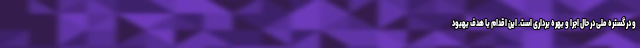
و در گستره ملی در حال اجرا و بهره برداری است. این اقدام با هدف بهبود